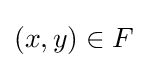
\left(x,y\right)\in F